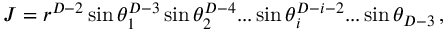
J = r ^ { D - 2 } \sin \theta _ { 1 } ^ { D - 3 } \sin \theta _ { 2 } ^ { D - 4 } . . . \sin \theta _ { i } ^ { D - i - 2 } . . . \sin \theta _ { D - 3 } \, ,